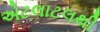
એટલાટલથી